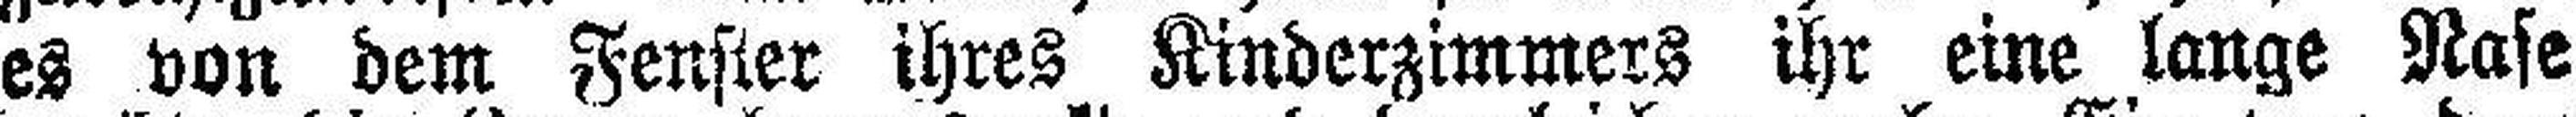
es von dem Fenster ihres Kinderzimmers ihr eine lange Nase